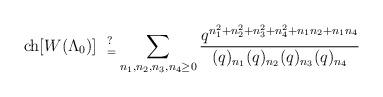
LaTeX: \begin{align*}{\rm ch}[W(\Lambda_0)] \ \ _{=}^{?} \sum_{n_1,n_2,n_3,n_4 \geq 0} \frac{q^{n_1^2+n_2^2+n_3^2+n_4^2+n_1 n_2+n_1 n_4}}{(q)_{n_1}(q)_{n_2}(q)_{n_3}(q)_{n_4}}\end{align*}